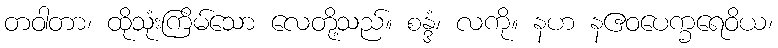
တဝါတာ၊ ထိုသုံးကြိမ်သော လေတို့သည်။ စန္ဒံ၊ လကို။ နဟ နဧဝပေက္ခရေဝိယ၊